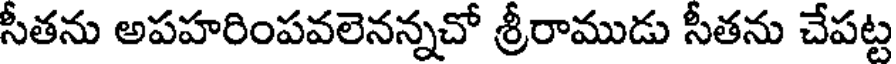
సీతను అపహరింపవలెనన్నచో శ్రీరాముడు సీతను చేపట్ట